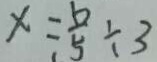
x = \frac { 6 } { 5 } \div 3